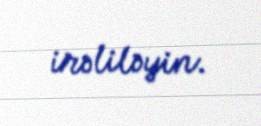
irəliləyin.